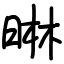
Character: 晽